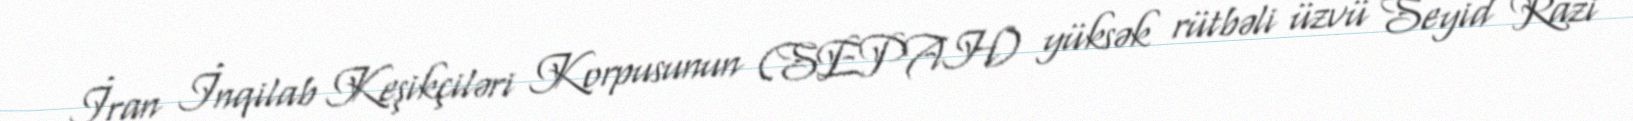
İran İnqilab Keşikçiləri Korpusunun (SEPAH) yüksək rütbəli üzvü Seyid Razi